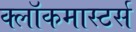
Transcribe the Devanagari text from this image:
क्लाॅकमास्टर्स